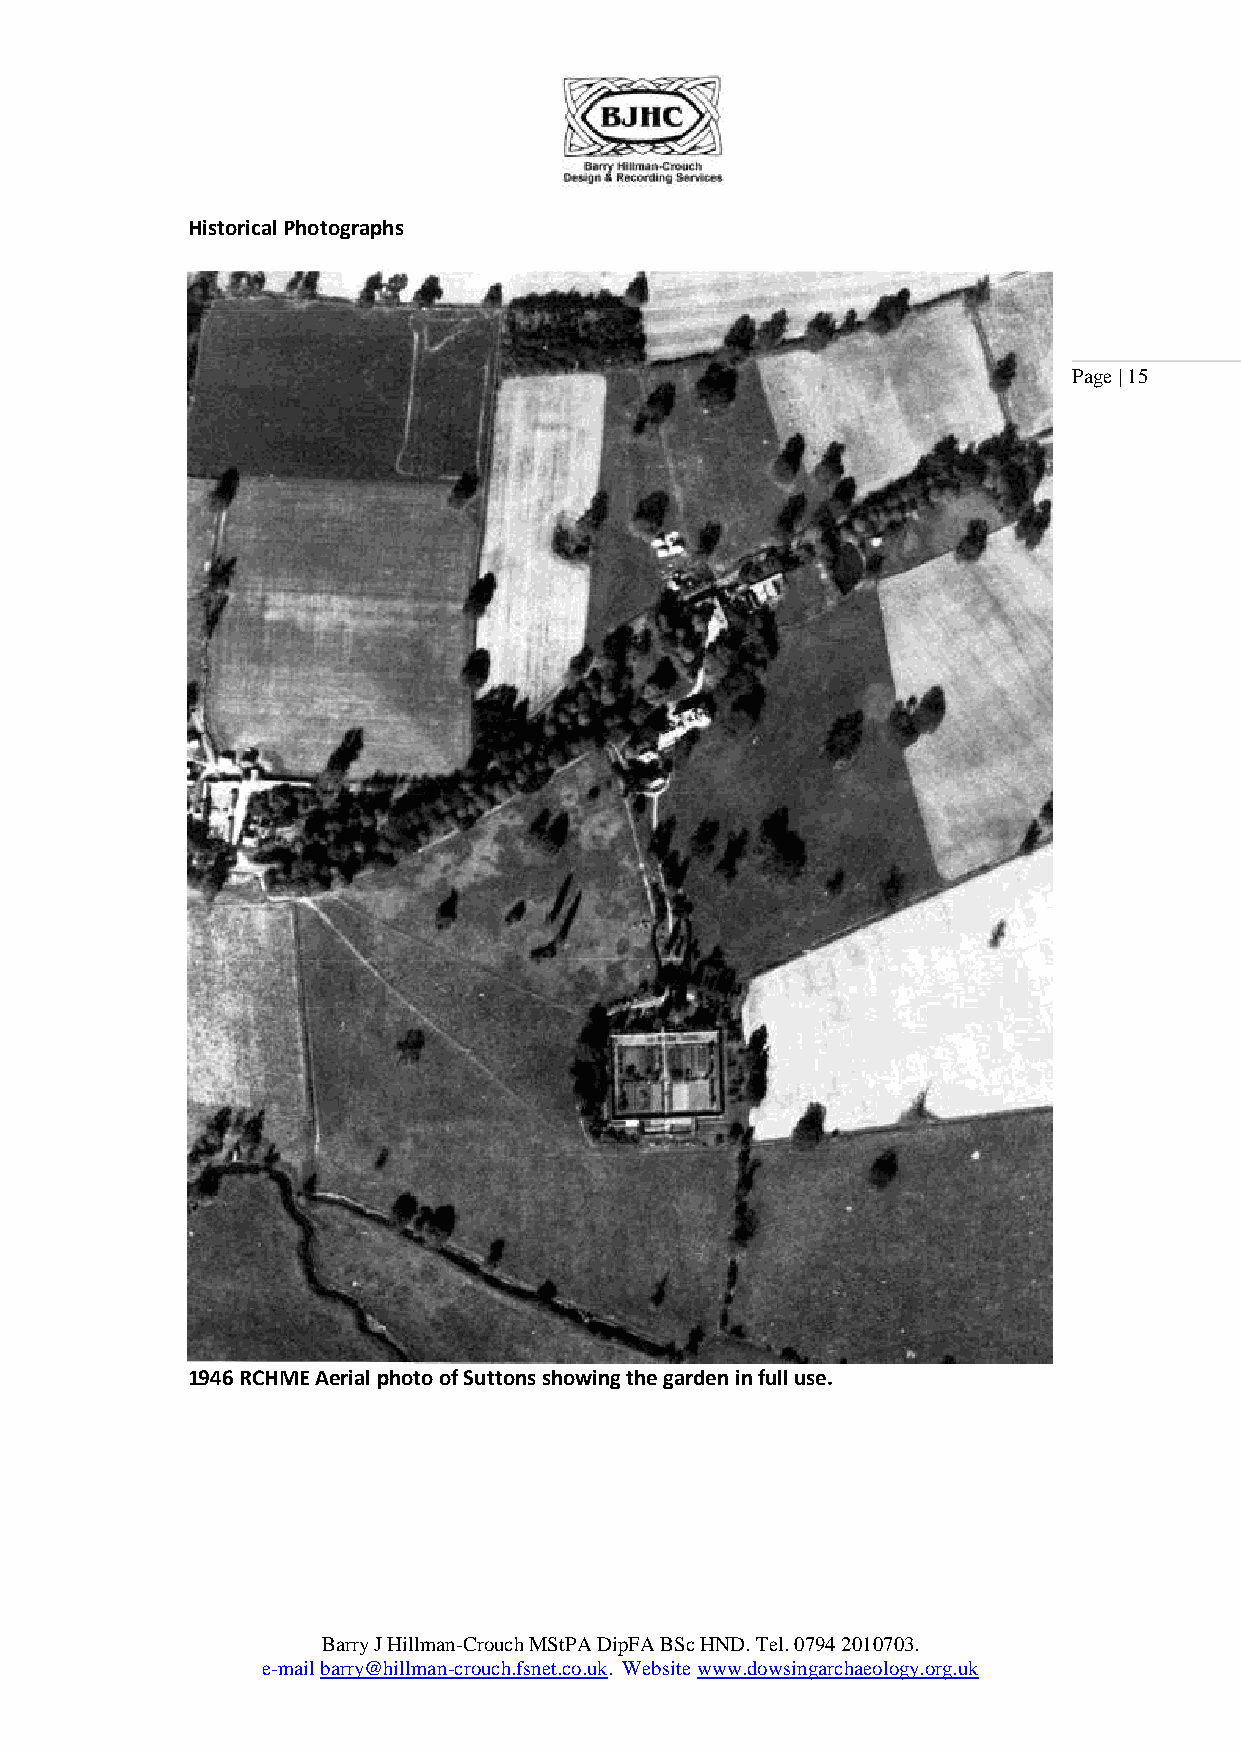
Historical Photographs
 Page | 15
 1946 RCHME Aerial photo of Suttons showing the garden in full use.
 Barry J Hillman-Crouch MStPA DipFA BSc HND. Tel. 0794 2010703.
 e-mail barry@hillman-crouch.fsnet.co.uk. Website www.dowsingarchaeology.org.uk